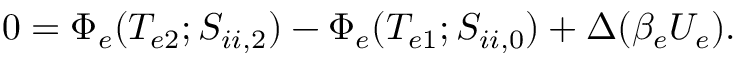
0 = \Phi _ { e } ( T _ { e 2 } ; S _ { i i , 2 } ) - \Phi _ { e } ( T _ { e 1 } ; S _ { i i , 0 } ) + \Delta ( \beta _ { e } U _ { e } ) .